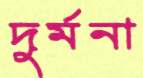
দুর্মনা